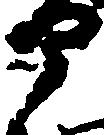
部